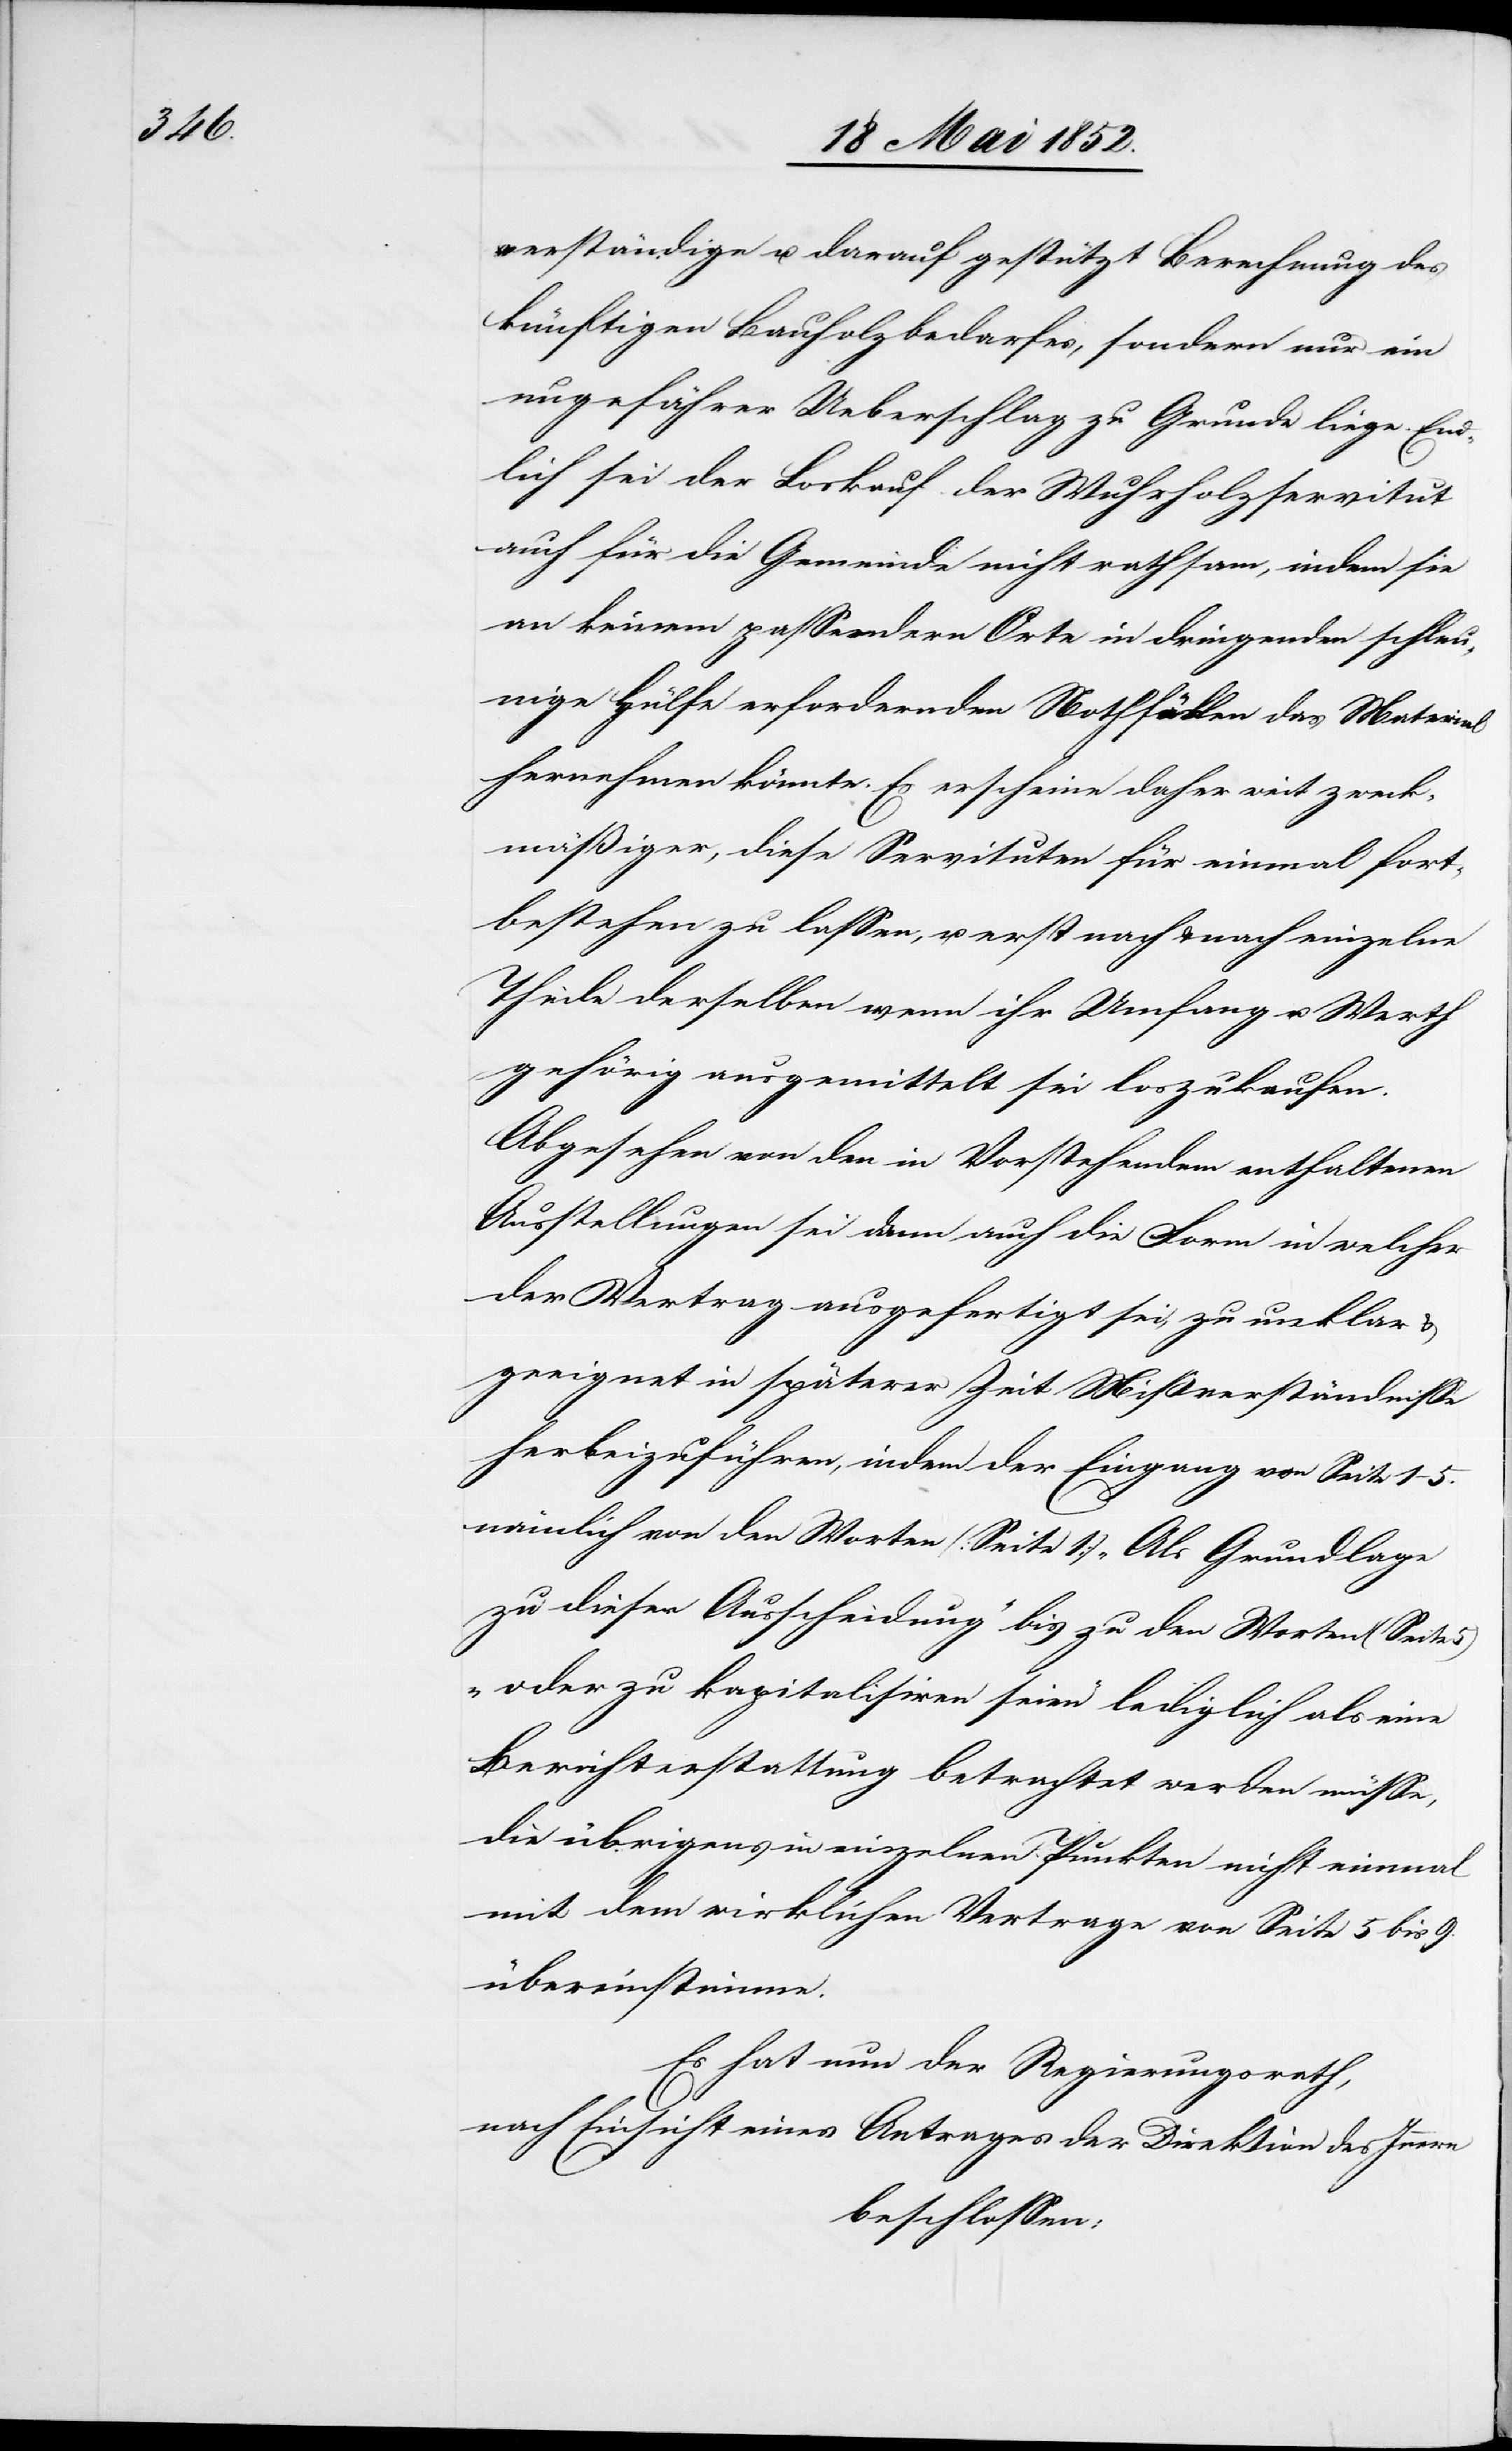
verständige u. darauf gestützt Berechnung des
künftigen Bauholzbedarfes, sondern nur ein
ungefährer Ueberschlag zu Grunde liege. End¬
lich sei der Loskauf der Wuhrholzservitut
auch für die Gemeinde nicht rathsam, indem sie
an keinem passendern Orte in dringenden schleu¬
nige Hülfe erfordernden Nothfällen das Material
hernehmen könnte. Es erscheine daher weit zweck¬
mäßiger, diese Servituten für einmal fort¬
bestehen zu lassen, u. erst nach & nach einzelne
Theile derselben wenn ihr Umfang u. Werth
gehörig ausgemittelt sei loszukaufen.
Abgesehen von den in Vorstehendem enthaltenen
Ausstellungen sei dann auch die Form in welcher
der Vertrag ausgefertigt sei, zu unklar
geeignet in späterer Zeit Mißverständnisse
herbeizuführen, indem der Eingang von Seite 1–5.
nämlich von den Worten (Seite 1) „Als Grundlage
zu dieser Ausscheidung“ bis zu den Worten (Seite
„oder zu kapitalisiren seien“ lediglich als eine
Berichterstattung betrachtet werden müsse,
die übrigens in einzelnen Punkten nicht einmal
mit dem wirklichen Vertrage von Seite 5 bis 9.
übereinstimme.
Es hat nun der Regierungsrath,
nach Einsicht eines Antrages der Direktion des Innern
beschlossen: